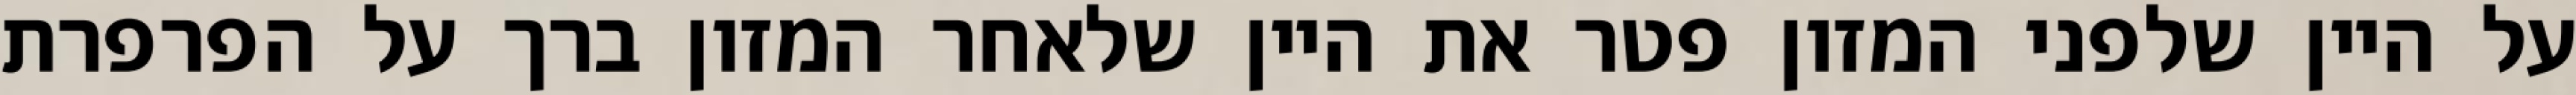
על היין שלפני המזון פטר את היין שלאחר המזון ברך על הפרפרת